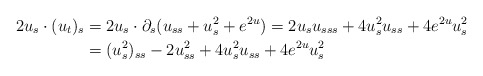
\begin{align*}2 u_s \cdot (u_t)_s & = 2u_s\cdot\partial_s(u_{ss}+u_s^2+e^{2u})=2u_su_{sss}+4u_s^2u_{ss}+4e^{2u}u_s^2 \\ & = (u_s^2)_{ss} -2u_{ss}^2 +4u_s^2u_{ss}+4e^{2u}u_s^2\end{align*}